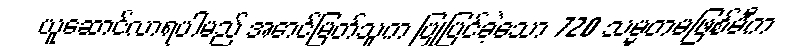
ယူဆောင်လာရပါမည် အောင်မြတ်သူက ပြုပြင်ခဲ့သော 720 သမ္မတမဖြစ်မီက